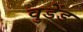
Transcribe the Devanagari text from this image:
वुडेंड